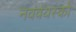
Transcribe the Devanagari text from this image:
नववयस्कों